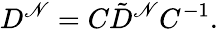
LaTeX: D^{\mathscr{N}}=C\tilde{{D}}^{\mathscr{N}}C^{-1}.